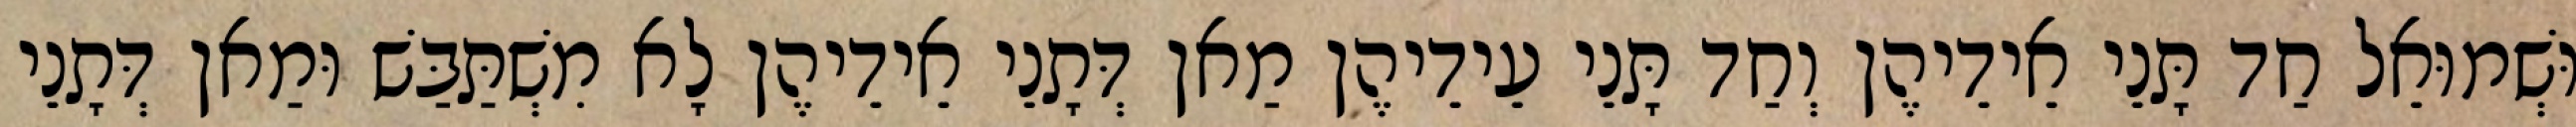
וּשְׁמוּאֵל חַד תָּנֵי אֵידֵיהֶן וְחַד תָּנֵי עֵידֵיהֶן מַאן דְּתָנֵי אֵידֵיהֶן לָא מִשְׁתַּבַּשׁ וּמַאן דְּתָנֵי